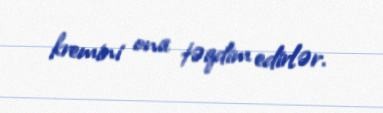
kremini ona təqdim edirlər.